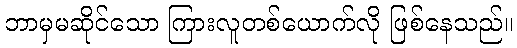
ဘာမှမဆိုင်သော ကြားလူတစ်ယောက်လို ဖြစ်နေသည်။